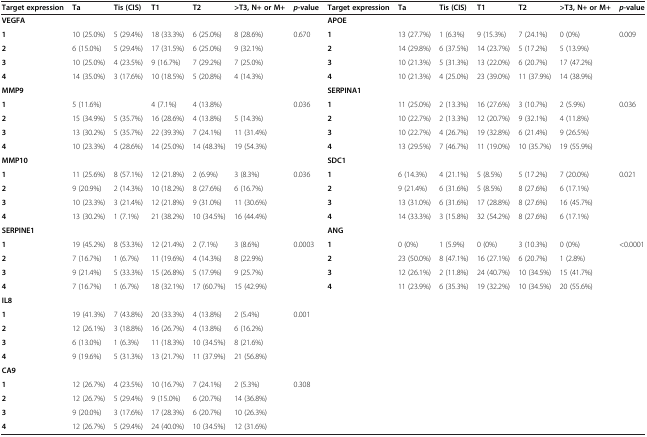
<table><thead><tr><td><b>Target expression</b></td><td><b>Ta</b></td><td><b>Tis (CIS)</b></td><td><b>T1</b></td><td><b>T2</b></td><td><b>&gt;T3, N+ or M+</b></td><td><b><i>p</i>-value</b></td><td><b>Target expression</b></td><td><b>Ta</b></td><td><b>Tis (CIS)</b></td><td><b>T1</b></td><td><b>T2</b></td><td><b>&gt;T3, N+ or M+</b></td><td><b><i>p</i>-value</b></td></tr></thead><tbody><tr><td><b>VEGFA</b></td><td></td><td></td><td></td><td></td><td></td><td></td><td><b>APOE</b></td><td></td><td></td><td></td><td></td><td></td><td></td></tr><tr><td><b>1</b></td><td>10 (25.0%)</td><td>5 (29.4%)</td><td>18 (33.3%)</td><td>6 (25.0%)</td><td>8 (28.6%)</td><td>0.670</td><td><b>1</b></td><td>13 (27.7%)</td><td>1 (6.3%)</td><td>9 (15.3%)</td><td>7 (24.1%)</td><td>0 (0%)</td><td>0.009</td></tr><tr><td><b>2</b></td><td>6 (15.0%)</td><td>5 (29.4%)</td><td>17 (31.5%)</td><td>6 (25.0%)</td><td>9 (32.1%)</td><td></td><td><b>2</b></td><td>14 (29.8%)</td><td>6 (37.5%)</td><td>14 (23.7%)</td><td>5 (17.2%)</td><td>5 (13.9%)</td><td></td></tr><tr><td><b>3</b></td><td>10 (25.0%)</td><td>4 (23.5%)</td><td>9 (16.7%)</td><td>7 (29.2%)</td><td>7 (25.0%)</td><td></td><td><b>3</b></td><td>10 (21.3%)</td><td>5 (31.3%)</td><td>13 (22.0%)</td><td>6 (20.7%)</td><td>17 (47.2%)</td><td></td></tr><tr><td><b>4</b></td><td>14 (35.0%)</td><td>3 (17.6%)</td><td>10 (18.5%)</td><td>5 (20.8%)</td><td>4 (14.3%)</td><td></td><td><b>4</b></td><td>10 (21.3%)</td><td>4 (25.0%)</td><td>23 (39.0%)</td><td>11 (37.9%)</td><td>14 (38.9%)</td><td></td></tr><tr><td><b>MMP9</b></td><td></td><td></td><td></td><td></td><td></td><td></td><td><b>SERPINA1</b></td><td></td><td></td><td></td><td></td><td></td><td></td></tr><tr><td><b>1</b></td><td>5 (11.6%)</td><td></td><td>4 (7.1%)</td><td>4 (13.8%)</td><td></td><td>0.036</td><td><b>1</b></td><td>11 (25.0%)</td><td>2 (13.3%)</td><td>16 (27.6%)</td><td>3 (10.7%)</td><td>2 (5.9%)</td><td>0.036</td></tr><tr><td><b>2</b></td><td>15 (34.9%)</td><td>5 (35.7%)</td><td>16 (28.6%)</td><td>4 (13.8%)</td><td>5 (14.3%)</td><td></td><td><b>2</b></td><td>10 (22.7%)</td><td>2 (13.3%)</td><td>12 (20.7%)</td><td>9 (32.1%)</td><td>4 (11.8%)</td><td></td></tr><tr><td><b>3</b></td><td>13 (30.2%)</td><td>5 (35.7%)</td><td>22 (39.3%)</td><td>7 (24.1%)</td><td>11 (31.4%)</td><td></td><td><b>3</b></td><td>10 (22.7%)</td><td>4 (26.7%)</td><td>19 (32.8%)</td><td>6 (21.4%)</td><td>9 (26.5%)</td><td></td></tr><tr><td><b>4</b></td><td>10 (23.3%)</td><td>4 (28.6%)</td><td>14 (25.0%)</td><td>14 (48.3%)</td><td>19 (54.3%)</td><td></td><td><b>4</b></td><td>13 (29.5%)</td><td>7 (46.7%)</td><td>11 (19.0%)</td><td>10 (35.7%)</td><td>19 (55.9%)</td><td></td></tr><tr><td><b>MMP10</b></td><td></td><td></td><td></td><td></td><td></td><td></td><td><b>SDC1</b></td><td></td><td></td><td></td><td></td><td></td><td></td></tr><tr><td><b>1</b></td><td>11 (25.6%)</td><td>8 (57.1%)</td><td>12 (21.8%)</td><td>2 (6.9%)</td><td>3 (8.3%)</td><td>0.036</td><td><b>1</b></td><td>6 (14.3%)</td><td>4 (21.1%)</td><td>5 (8.5%)</td><td>5 (17.2%)</td><td>7 (20.0%)</td><td>0.021</td></tr><tr><td><b>2</b></td><td>9 (20.9%)</td><td>2 (14.3%)</td><td>10 (18.2%)</td><td>8 (27.6%)</td><td>6 (16.7%)</td><td></td><td><b>2</b></td><td>9 (21.4%)</td><td>6 (31.6%)</td><td>5 (8.5%)</td><td>8 (27.6%)</td><td>6 (17.1%)</td><td></td></tr><tr><td><b>3</b></td><td>10 (23.3%)</td><td>3 (21.4%)</td><td>12 (21.8%)</td><td>9 (31.0%)</td><td>11 (30.6%)</td><td></td><td><b>3</b></td><td>13 (31.0%)</td><td>6 (31.6%)</td><td>17 (28.8%)</td><td>8 (27.6%)</td><td>16 (45.7%)</td><td></td></tr><tr><td><b>4</b></td><td>13 (30.2%)</td><td>1 (7.1%)</td><td>21 (38.2%)</td><td>10 (34.5%)</td><td>16 (44.4%)</td><td></td><td><b>4</b></td><td>14 (33.3%)</td><td>3 (15.8%)</td><td>32 (54.2%)</td><td>8 (27.6%)</td><td>6 (17.1%)</td><td></td></tr><tr><td><b>SERPINE1</b></td><td></td><td></td><td></td><td></td><td></td><td></td><td><b>ANG</b></td><td></td><td></td><td></td><td></td><td></td><td></td></tr><tr><td><b>1</b></td><td>19 (45.2%)</td><td>8 (53.3%)</td><td>12 (21.4%)</td><td>2 (7.1%)</td><td>3 (8.6%)</td><td>0.0003</td><td><b>1</b></td><td>0 (0%)</td><td>1 (5.9%)</td><td>0 (0%)</td><td>3 (10.3%)</td><td>0 (0%)</td><td>&lt;0.0001</td></tr><tr><td><b>2</b></td><td>7 (16.7%)</td><td>1 (6.7%)</td><td>11 (19.6%)</td><td>4 (14.3%)</td><td>8 (22.9%)</td><td></td><td><b>2</b></td><td>23 (50.0%)</td><td>8 (47.1%)</td><td>16 (27.1%)</td><td>6 (20.7%)</td><td>1 (2.8%)</td><td></td></tr><tr><td><b>3</b></td><td>9 (21.4%)</td><td>5 (33.3%)</td><td>15 (26.8%)</td><td>5 (17.9%)</td><td>9 (25.7%)</td><td></td><td><b>3</b></td><td>12 (26.1%)</td><td>2 (11.8%)</td><td>24 (40.7%)</td><td>10 (34.5%)</td><td>15 (41.7%)</td><td></td></tr><tr><td><b>4</b></td><td>7 (16.7%)</td><td>1 (6.7%)</td><td>18 (32.1%)</td><td>17 (60.7%)</td><td>15 (42.9%)</td><td></td><td><b>4</b></td><td>11 (23.9%)</td><td>6 (35.3%)</td><td>19 (32.2%)</td><td>10 (34.5%)</td><td>20 (55.6%)</td><td></td></tr><tr><td><b>IL8</b></td><td></td><td></td><td></td><td></td><td></td><td></td><td></td><td></td><td></td><td></td><td></td><td></td><td></td></tr><tr><td><b>1</b></td><td>19 (41.3%)</td><td>7 (43.8%)</td><td>20 (33.3%)</td><td>4 (13.8%)</td><td>2 (5.4%)</td><td>0.001</td><td></td><td></td><td></td><td></td><td></td><td></td><td></td></tr><tr><td><b>2</b></td><td>12 (26.1%)</td><td>3 (18.8%)</td><td>16 (26.7%)</td><td>4 (13.8%)</td><td>6 (16.2%)</td><td></td><td></td><td></td><td></td><td></td><td></td><td></td><td></td></tr><tr><td><b>3</b></td><td>6 (13.0%)</td><td>1 (6.3%)</td><td>11 (18.3%)</td><td>10 (34.5%)</td><td>8 (21.6%)</td><td></td><td></td><td></td><td></td><td></td><td></td><td></td><td></td></tr><tr><td><b>4</b></td><td>9 (19.6%)</td><td>5 (31.3%)</td><td>13 (21.7%)</td><td>11 (37.9%)</td><td>21 (56.8%)</td><td></td><td></td><td></td><td></td><td></td><td></td><td></td><td></td></tr><tr><td><b>CA9</b></td><td></td><td></td><td></td><td></td><td></td><td></td><td></td><td></td><td></td><td></td><td></td><td></td><td></td></tr><tr><td><b>1</b></td><td>12 (26.7%)</td><td>4 (23.5%)</td><td>10 (16.7%)</td><td>7 (24.1%)</td><td>2 (5.3%)</td><td>0.308</td><td></td><td></td><td></td><td></td><td></td><td></td><td></td></tr><tr><td><b>2</b></td><td>12 (26.7%)</td><td>5 (29.4%)</td><td>9 (15.0%)</td><td>6 (20.7%)</td><td>14 (36.8%)</td><td></td><td></td><td></td><td></td><td></td><td></td><td></td><td></td></tr><tr><td><b>3</b></td><td>9 (20.0%)</td><td>3 (17.6%)</td><td>17 (28.3%)</td><td>6 (20.7%)</td><td>10 (26.3%)</td><td></td><td></td><td></td><td></td><td></td><td></td><td></td><td></td></tr><tr><td><b>4</b></td><td>12 (26.7%)</td><td>5 (29.4%)</td><td>24 (40.0%)</td><td>10 (34.5%)</td><td>12 (31.6%)</td><td></td><td></td><td></td><td></td><td></td><td></td><td></td><td></td></tr></tbody></table>